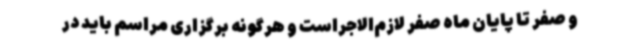
و صفر تا پایان ماه صفر لازم‌الاجراست و هرگونه برگزاری مراسم باید در